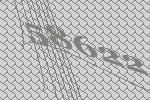
58622